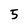
Character: 5